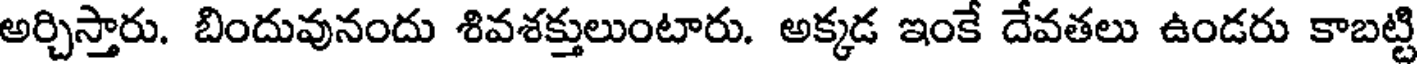
అర్చిస్తారు. బిందువునందు శివశక్తులుంటారు. అక్కడ ఇంకే దేవతలు ఉండరు కాబట్టి